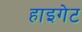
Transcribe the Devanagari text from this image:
हाइगेट